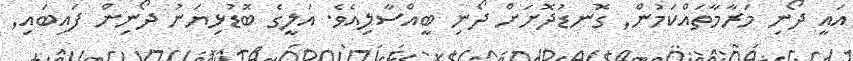
އައީ ދޯނި މަރާމާތައްކަމުން